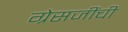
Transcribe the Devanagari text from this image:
ग्रेसजींची